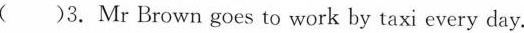
( )3. Mr Brown goes to work by taxi every day.